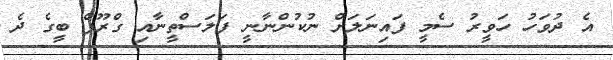
އެ ދުވަހު ހަވީރު ސެމީ ފައިނަލަށް ނުކުންނާނީ ފަލަސްތީނާއި ގްރޫޕް ބީގެ ދެ